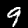
Digit: 9